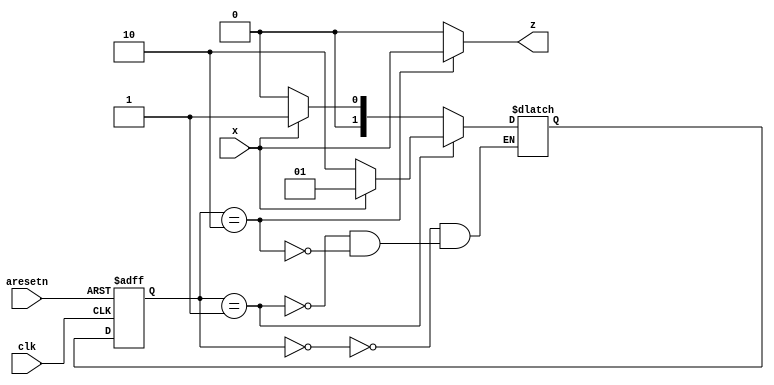
module top_module (
    input clk,
    input aresetn,    // Asynchronous active-low reset
    input x,
    output z ); 
    
    parameter A=0,B=1,C=2;
    reg [1:0]state,next;//if we do not include 2 bits for state, we will only consider states A and B due to state=0 and state=1
    
    //state transitions
    always@(*) begin
        case(state)
            A:next=x?B:A;
            B:next=x?B:C;//B:next=x?A:C;//error When in B, if x=1 then stay at B and not go to A, will solve cases 101...10101
            C:next=x?B:A;
        endcase
    end
    
    //state FF
    always@(posedge clk or negedge aresetn) begin
        if(~aresetn)
            state<=A;
        else
            state<=next;
    end
	
    //output logic - since Mealey, output depends on Input, thus z=x
    always@(*) begin
        if(state==C)
            z=x;
        else
            z=0;
    end
endmodule